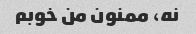
نه، ممنون من خوبم